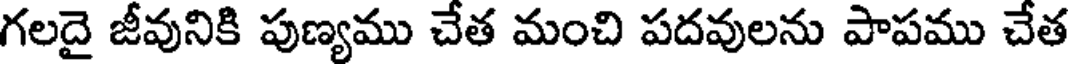
గలదై జీవునికి పుణ్యము చేత మంచి పదవులను పాపము చేత